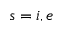
s = i , e